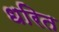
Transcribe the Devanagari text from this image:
धरित